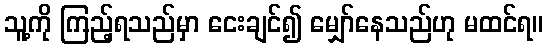
သူ့ကို ကြည့်ရသည်မှာ ငေးချင်၍ မျှော်နေသည်ဟု မထင်ရ။